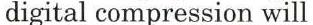
digital compression will